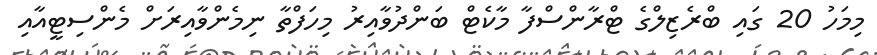
މިމަހު 20 ގައި ބްރެޒިލްގެ ޓްރާންސްފާ މާކެޓް ބަންދުވާއިރު މިހަފްތާ ނިމެންވާއިރަށް މެންސިޓީއާއި